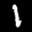
Label: 1